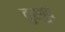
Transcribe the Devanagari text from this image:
तुरबुद